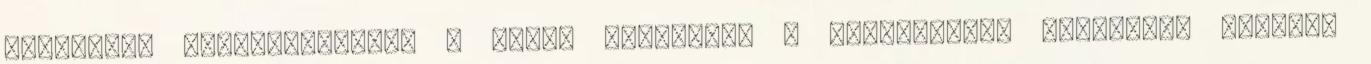
szerelmet szimbolizálja, a sárga tulipánok a reménytelen szerelmet fejezik